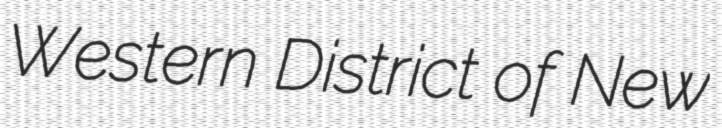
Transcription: Western District of New